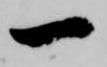
一